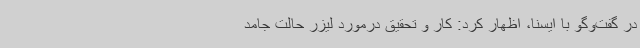
در گفت‌وگو با ایسنا، اظهار کرد: کار و تحقیق درمورد لیزر حالت جامد